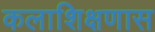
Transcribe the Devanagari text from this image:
कलाशिक्षणास